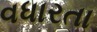
વધારતા